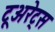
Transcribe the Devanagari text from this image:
टूअरेट्स